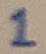
Text: 1